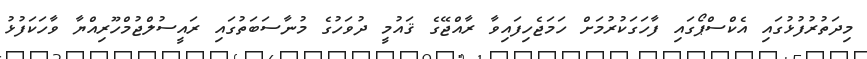
މިދަތުރުފުޅުގައި އެކްސްޕޯގައި ފާހަގަކުރުމަށް ހަމަޖެހިފައިވާ ރާއްޖޭގެ ޤައުމީ ދުވަހުގެ މުނާސަބަތުގައި ރައީސުލްޖުމްހޫރިއްޔާ ވާހަކަފުޅު